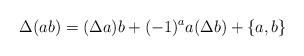
LaTeX: \begin{align*} \Delta(ab) = (\Delta a)b + (-1)^a a(\Delta b) +\{a,b\}\end{align*}